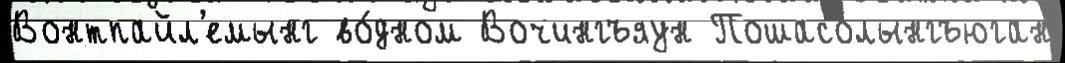
Вонтпайл'емынг во́дном Вочингъяун Пошасолынгъюган